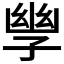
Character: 𫲪